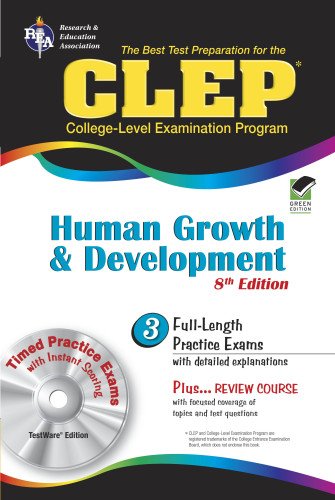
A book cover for CLEP Human Growth and Development 8th Ed. (CLEP Test Preparation); Patricia Heindel PhD; Test Preparation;